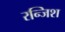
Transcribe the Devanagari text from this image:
रन्जिश